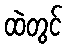
ထဲတွင်